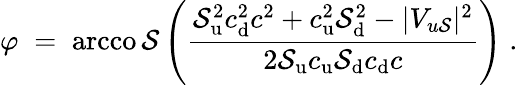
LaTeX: \varphi\; =\; \operatorname{arcco\mathcal{S}}\left(\frac{{\mathcal{S}_{\mathrm{{u}}}^{2}c_{\mathrm{{d}}}^{2}c^{2}+c_{\mathrm{{u}}}^{2}\mathcal{S}_{\mathrm{{d}}}^{2}-|V_{u\mathcal{S}}|^{2}}}{{2\mathcal{S}_{\mathrm{{u}}}c_{\mathrm{{u}}}\mathcal{S}_{\mathrm{{d}}}c_{\mathrm{{d}}}c}}\right)\; .